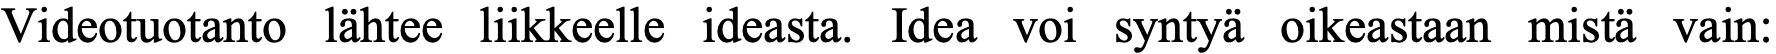
Videotuotanto lähtee liikkeelle ideasta. Idea voi syntyä oikeastaan mistä vain: